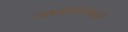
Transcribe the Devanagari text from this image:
च्यवनभार्गवाकडून